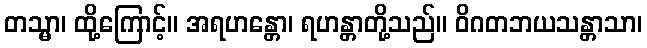
တသ္မာ၊ ထို့ကြောင့်။ အရဟန္တော၊ ရဟန္တာတို့သည်။ ဝိဂတဘယသန္တာသာ၊